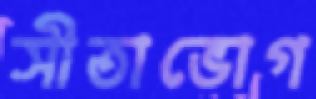
সীতাভোগ